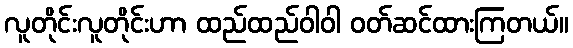
လူတိုင်းလူတိုင်းဟာ ထည်ထည်ဝါဝါ ဝတ်ဆင်ထားကြတယ်။